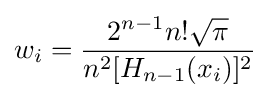
w_{i}={\frac {2^{n-1}n!{\sqrt {\pi }}}{n^{2}[H_{n-1}(x_{i})]^{2}}}